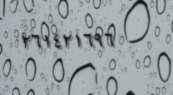
٢٦١٤٢١٦٩٦